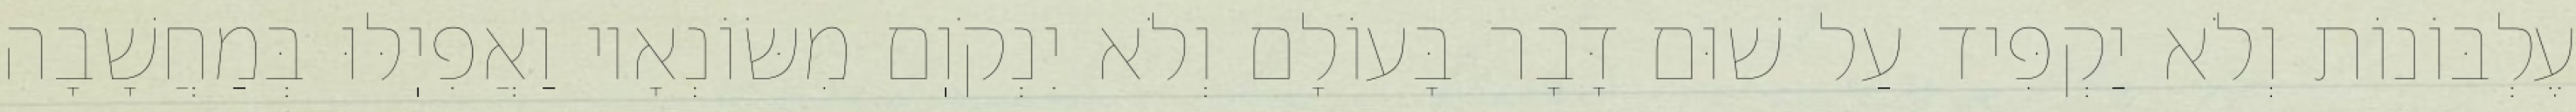
עֶלְבּוֹנוֹת וְלֹא יַקְפִּיד עַל שׁוּם דָּבָר בָּעוֹלָם וְלֹא יִנְקֹוֽם מִשּׂוֹנְאָיו וַאֲפִיֽלּוּ בְּמַחֲשָׁבָה